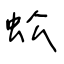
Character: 蚣